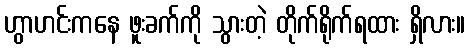
ဟွာဟင်းကနေ ဖူးခက်ကို သွားတဲ့ တိုက်ရိုက်ရထား ရှိလား။